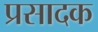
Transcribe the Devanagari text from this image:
प्रसादक